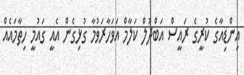
އިންޑިއާގެ ކުރީގެ ރައީސް އަބްދުލް ކަލާމް އަވަހާރަވުމާ ގުޅިގެން އެއީ ގައުމީ ހިތާމައެއް